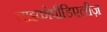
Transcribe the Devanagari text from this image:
लाइकोपीडिएलीज़